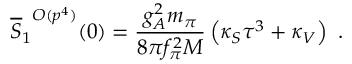
{ \overline { { S } } _ { 1 } } ^ { { \cal O } ( p ^ { 4 } ) } ( 0 ) = { \frac { g _ { A } ^ { 2 } m _ { \pi } } { 8 \pi f _ { \pi } ^ { 2 } M } } \left( \kappa _ { S } \tau ^ { 3 } + \kappa _ { V } \right) \ .